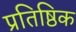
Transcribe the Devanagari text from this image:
प्रतिष्ठिक